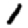
Digit: 1